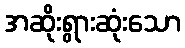
အဆိုးရွားဆုံးသော